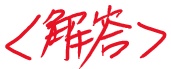
$<解答>$